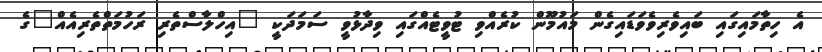
އެ ހިތާމައިގައި ބައިވެރިވެވަޑައިގެން މައުމޫން ކުރެއްވި ޓުވީޓެއްގައި ވިދާޅުވީ ސަމަދަކީ "އިހްލާސްތެރި ރަހުމަތްތެރިއެއް"ގެ